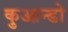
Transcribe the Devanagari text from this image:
कुआन्डो